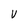
Character: V